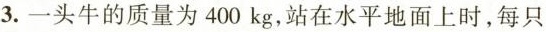
3.一头牛的质量为400kg，站在水平地面上时，每只